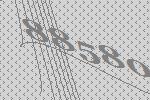
88580